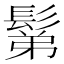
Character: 鬀